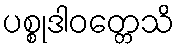
ပစ္စုဒါဝတ္တေသိ